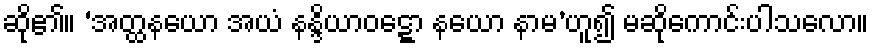
ဆို၏။ ‘အတ္ထနယော အယံ နန္ဒိယာဝဋ္ဋော နယော နာမ’ဟူ၍ မဆိုကောင်းပါသလော။